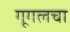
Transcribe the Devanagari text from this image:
गूगलचा